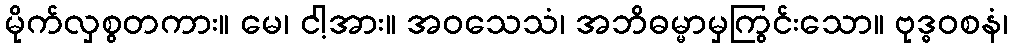
မိုက်လှစွတကား။ မေ၊ ငါ့အား။ အဝသေသံ၊ အဘိဓမ္မာမှကြွင်းသော။ ဗုဒ္ဓဝစနံ၊